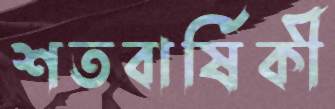
শতবার্ষিকী